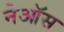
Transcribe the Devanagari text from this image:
नेऑस